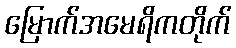
မြောက်အမေရိကတိုက်